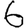
Digit: 6